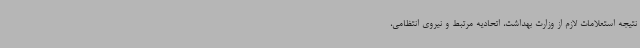
نتیجه استعلامات لازم از وزارت بهداشت، اتحادیه مرتبط و نیروی انتظامی،